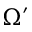
\Omega ^ { \prime }